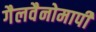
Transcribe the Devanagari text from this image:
गैलवैनोमापी